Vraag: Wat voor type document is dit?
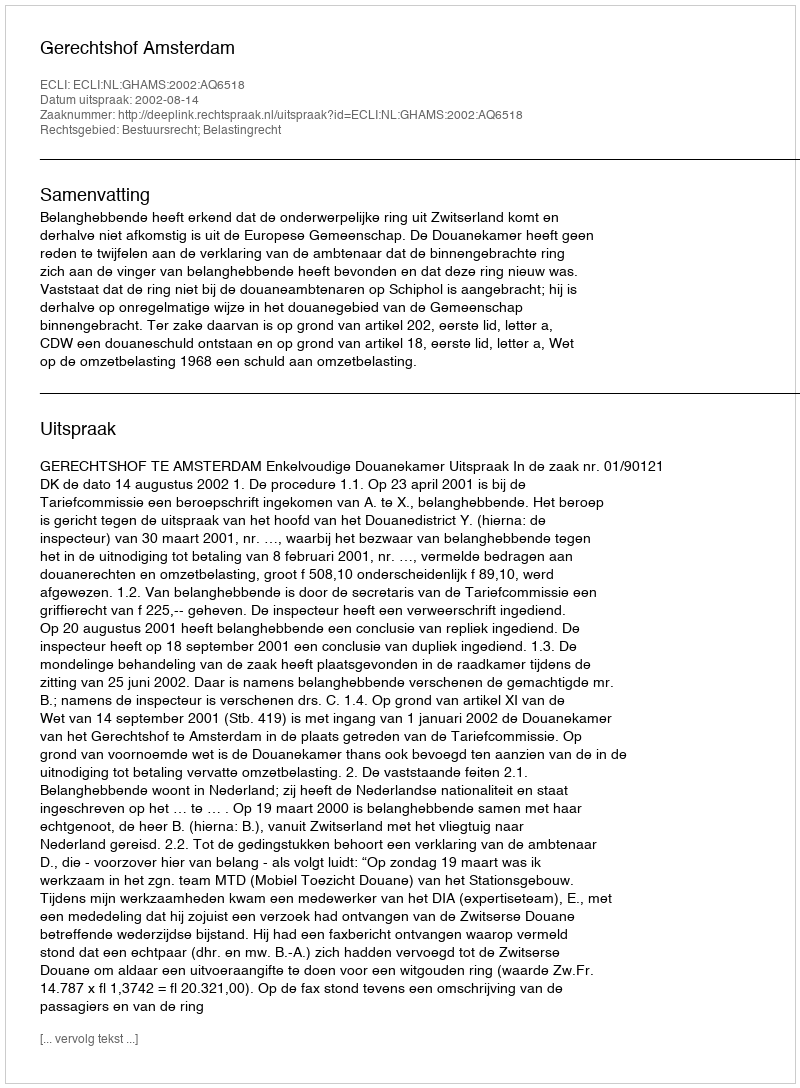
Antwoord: Uitspraak